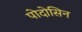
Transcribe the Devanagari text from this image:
पोदोसिन